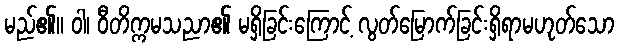
မည်၏။ ဝါ၊ ဝီတိက္ကမသညာ၏ မရှိခြင်းကြောင့် လွတ်မြောက်ခြင်းရှိရာမဟုတ်သော